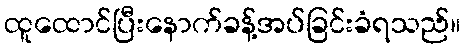
ထူထောင်ပြီးနောက်ခန့်အပ်ခြင်းခံရသည်။